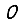
Digit: 0